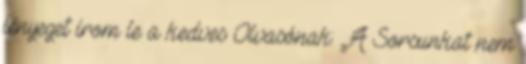
lényeget írom le a kedves Olvasónak: „A Sorsunkat nem